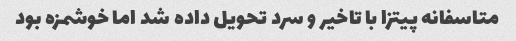
متاسفانه پیتزا با تاخیر و سرد تحویل داده شد اما خوشمزه بود